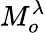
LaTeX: {M}_{o}^{\lambda}